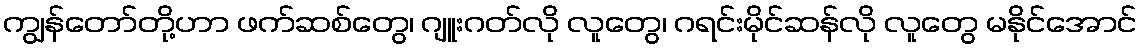
ကျွန်တော်တို့ဟာ ဖက်ဆစ်တွေ၊ ဂျူးဂတ်လို လူတွေ၊ ဂရင်းမိုင်ဆန်လို လူတွေ မနိုင်အောင်